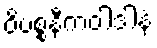
ဝိပစ္စနီကဝါဒါနံ